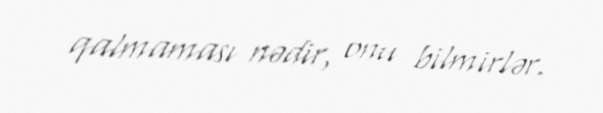
qalmaması nədir, onu bilmirlər.